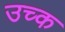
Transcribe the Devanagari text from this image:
उच्क